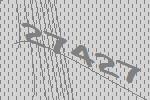
27427